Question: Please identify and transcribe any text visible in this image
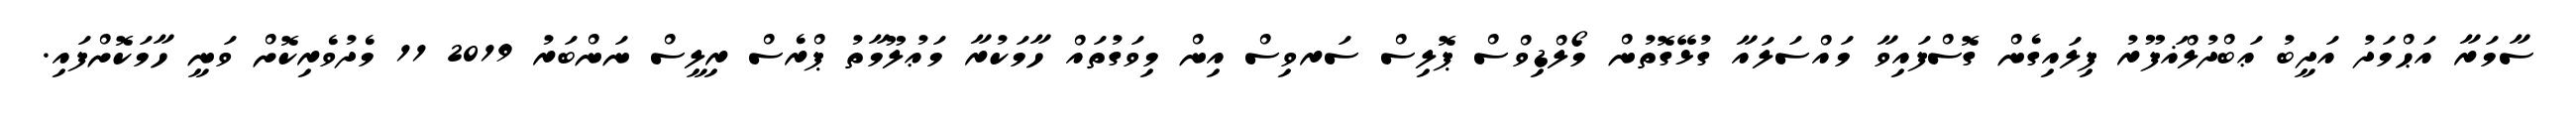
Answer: ސާމަރާ އަޙްމަދު އަދީބު ޢަބްދުލްޣަފޫރު ފިލައިގެން ގޮސްފައިވާ މައްސަލައާ ގުޅޭގޮތުން މޯލްޑިވްސް ޕޮލިސް ސަރވިސް އިން މިވަގުތައް ހާމަކުރާ މަޢުލޫމާތު ޕްރެސް ރިލީސް ނަންބަރު 2019 11 މެދުވެރިކޮށް ވަނީ ހާމަކޮށްފައި.